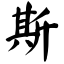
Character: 斯